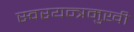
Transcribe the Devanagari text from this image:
स्वरयन्त्रमुखी